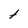
Character: t